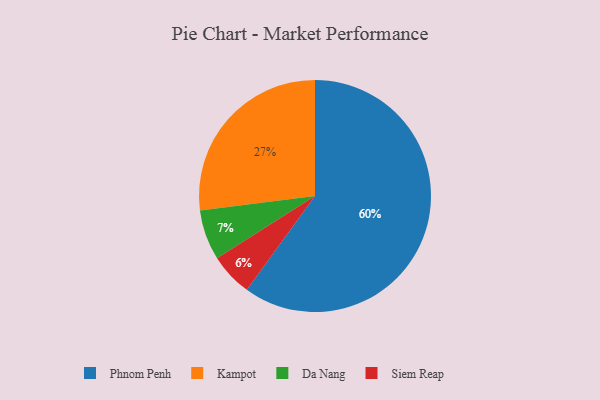
{"axis": {"x": "Category", "y": "Percentage"}, "legend": ["Da Nang", "Kampot", "Phnom Penh", "Siem Reap"], "data": [{"x": "Kampot", "y": 27, "type": "Kampot"}, {"x": "Da Nang", "y": 7, "type": "Da Nang"}, {"x": "Phnom Penh", "y": 60, "type": "Phnom Penh"}, {"x": "Siem Reap", "y": 6, "type": "Siem Reap"}]}